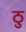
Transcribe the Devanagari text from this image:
ठु